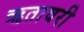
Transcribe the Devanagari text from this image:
ऋतावरी